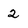
Character: 2